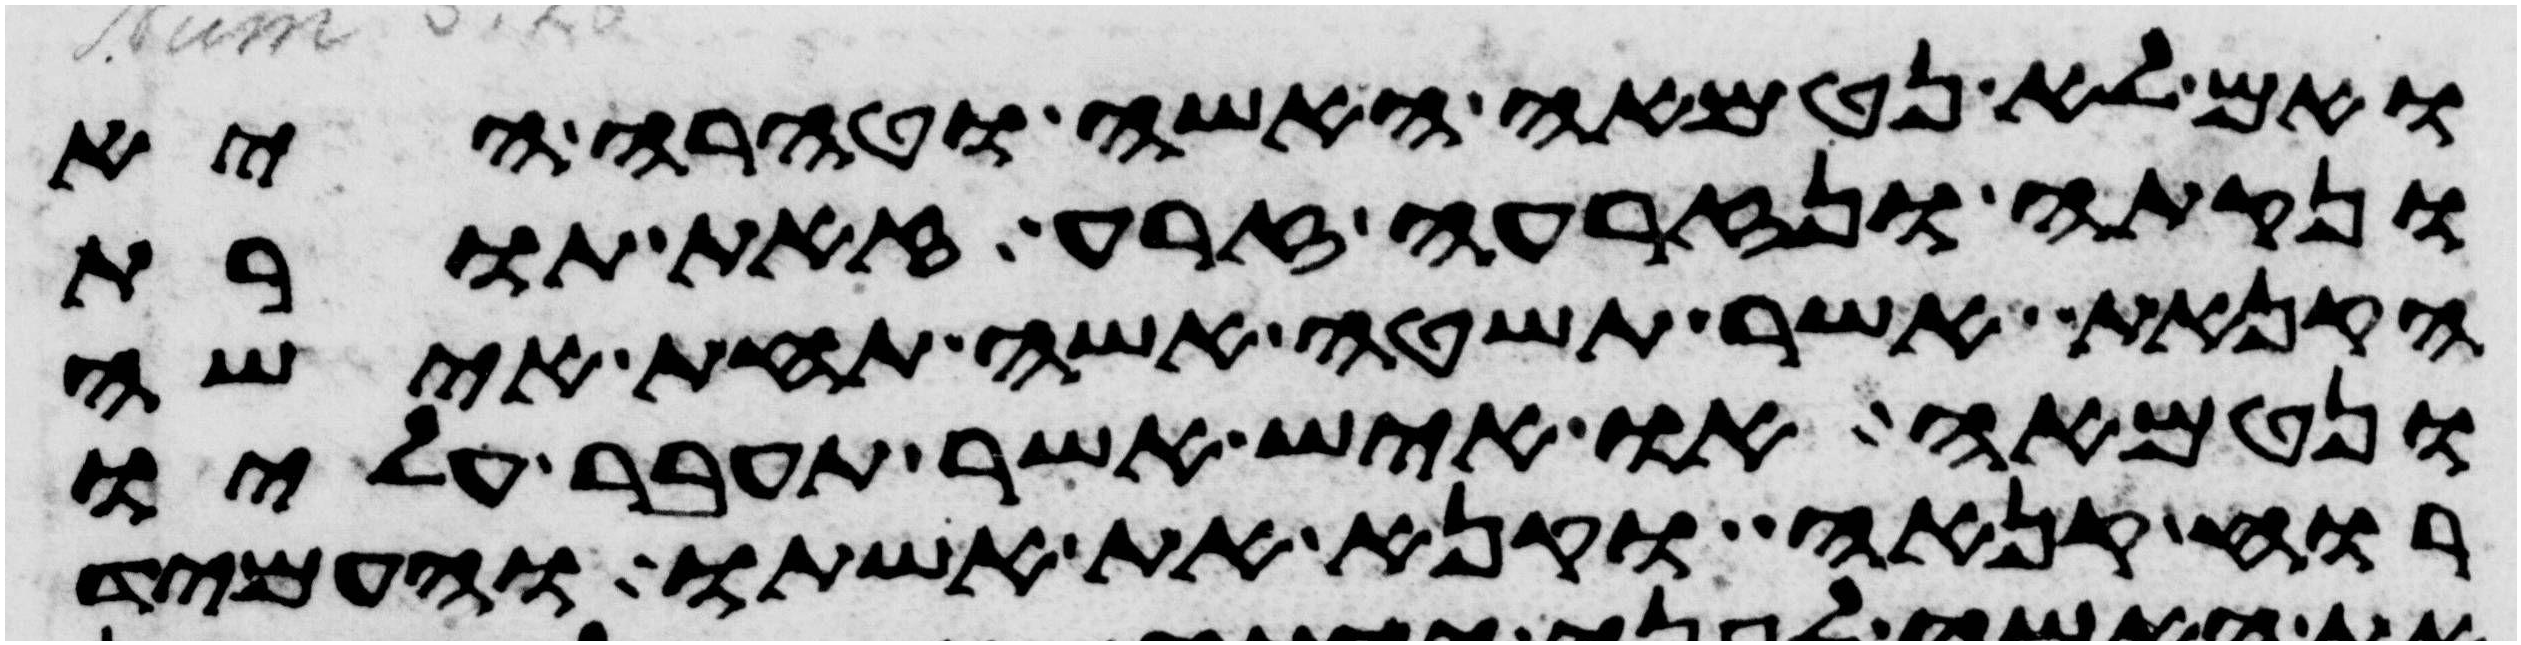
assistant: ואם לא נטמאה האשה וטהרה היא
ונקתה ונזרעה זרע זאת תורת
הקנאת אשר תשטה אשה תחת אישה
ונטמאה או איש אשר תעבר עליו
רוח קנאה וקנא את אשתו והעמיד